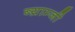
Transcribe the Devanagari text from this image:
ब्य्राम्जी